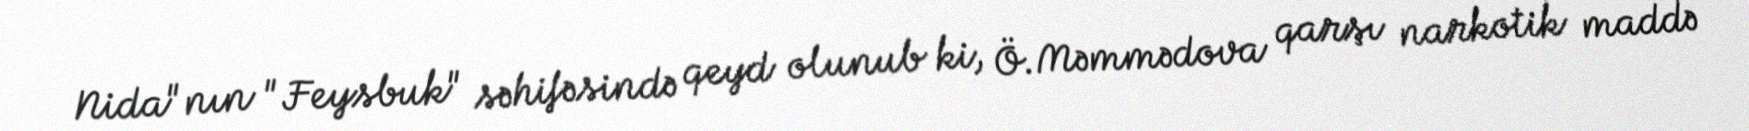
Nida"nın "Feysbuk" səhifəsində qeyd olunub ki, Ö.Məmmədova qarşı narkotik maddə